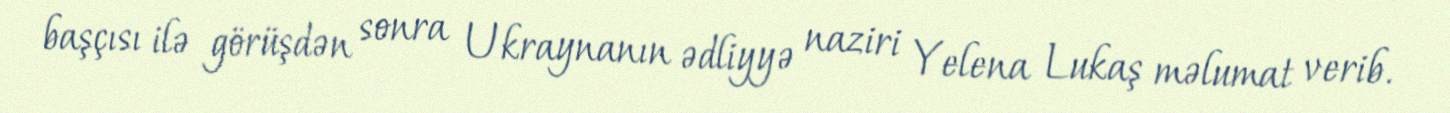
başçısı ilə görüşdən sonra Ukraynanın ədliyyə naziri Yelena Lukaş məlumat verib.